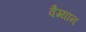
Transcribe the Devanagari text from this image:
वैग्यान